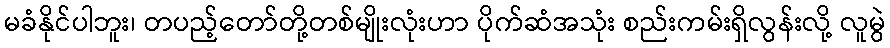
မခံနိုင်ပါဘူး၊ တပည့်တော်တို့တစ်မျိုးလုံးဟာ ပိုက်ဆံအသုံး စည်းကမ်းရှိလွန်းလို့ လူမွဲ